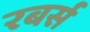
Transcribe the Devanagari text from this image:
रबर्स